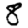
Digit: 8